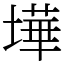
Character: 墷